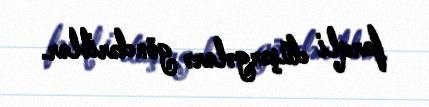
fərqli düşərgələrə göndəriblər.